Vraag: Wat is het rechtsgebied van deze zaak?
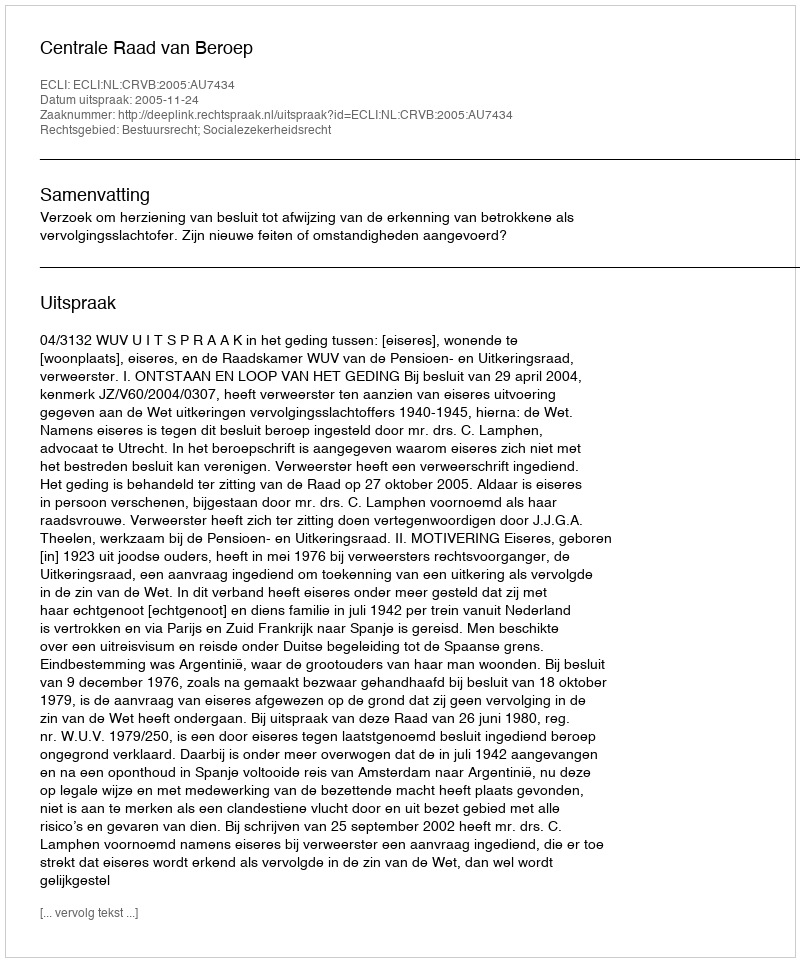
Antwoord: Bestuursrecht; Socialezekerheidsrecht